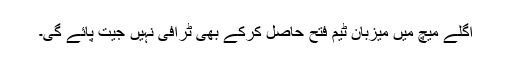
اگلے میچ میں میزبان ٹیم فتح حاصل کرکے بھی ٹرافی نہیں جیت پائے گی۔